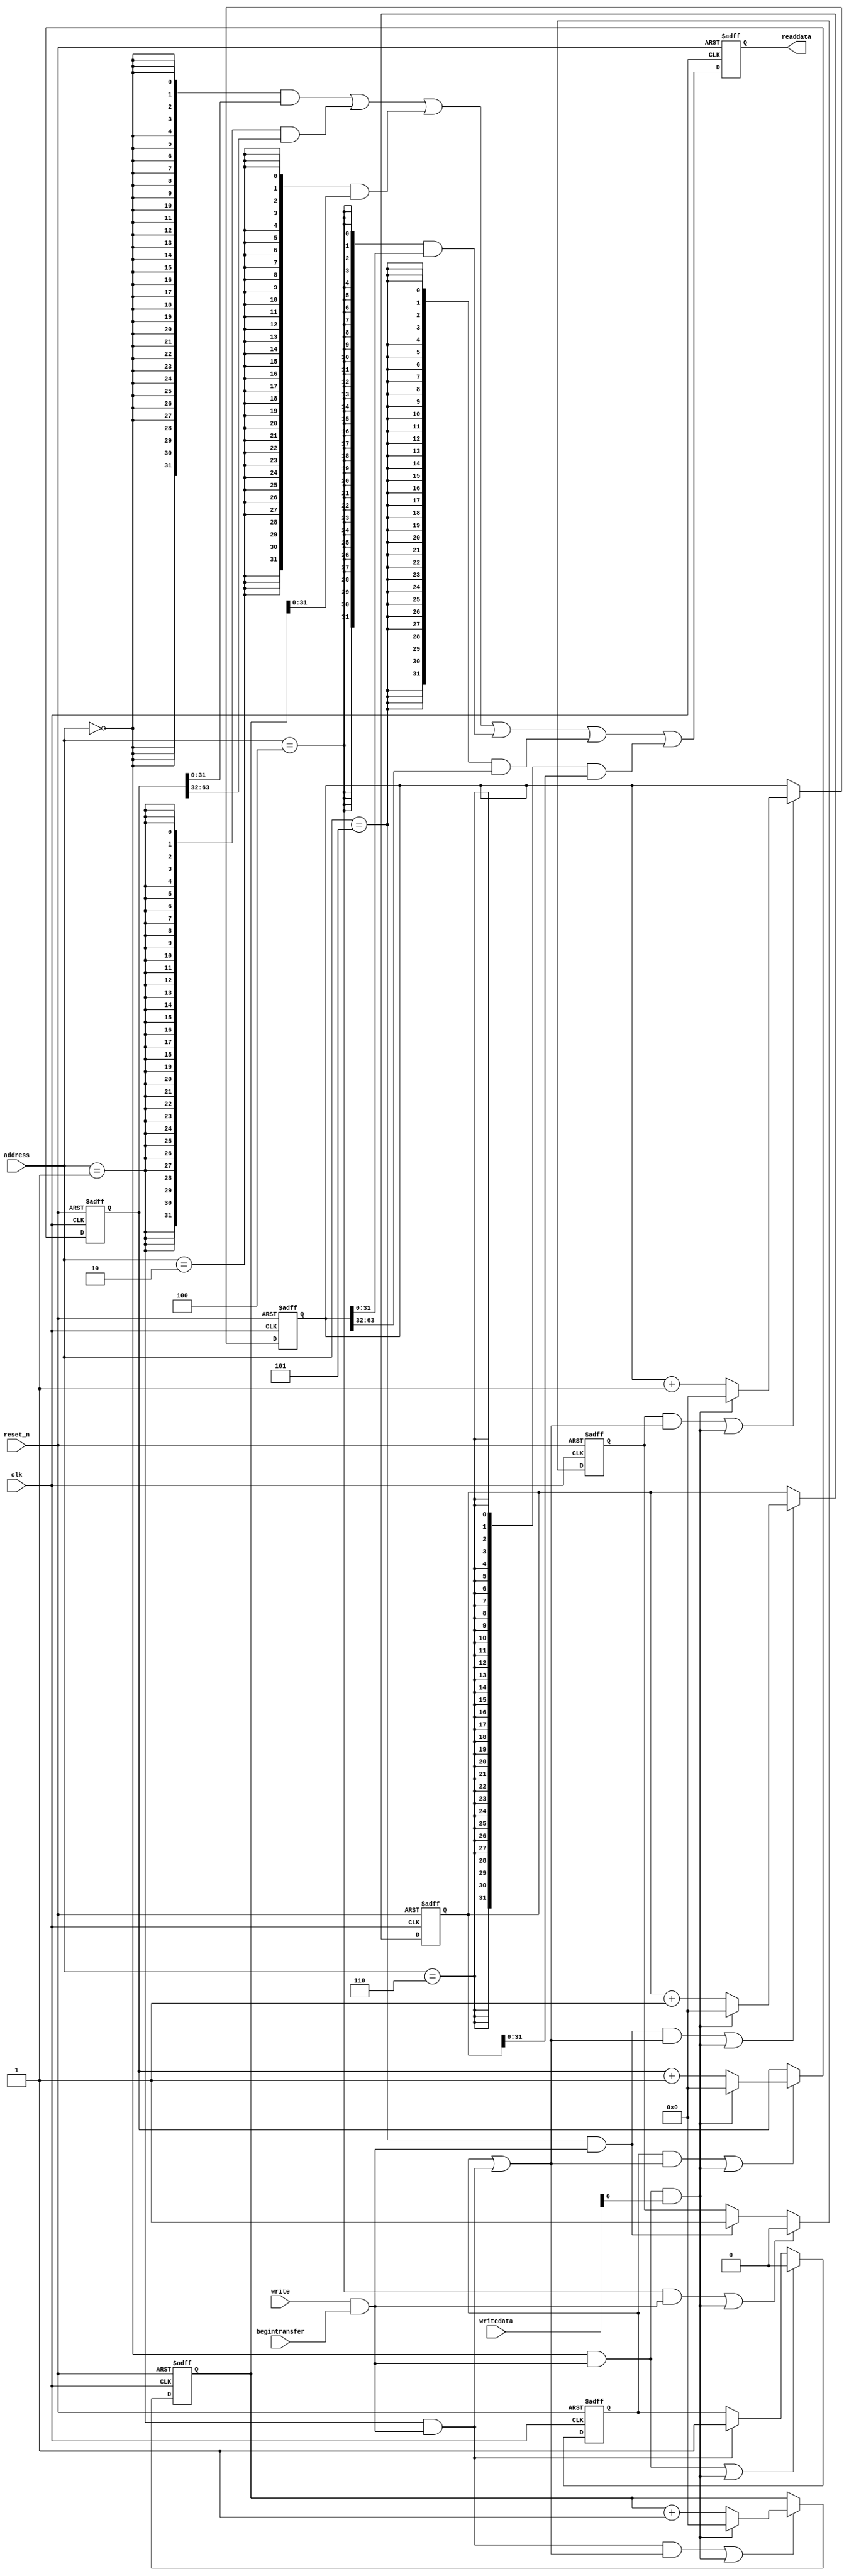
module wasca_performance_counter_0 (
                                     // inputs:
                                      address,
                                      begintransfer,
                                      clk,
                                      reset_n,
                                      write,
                                      writedata,

                                     // outputs:
                                      readdata
                                   )
;

  output  [ 31: 0] readdata;
  input   [  2: 0] address;
  input            begintransfer;
  input            clk;
  input            reset_n;
  input            write;
  input   [ 31: 0] writedata;


wire             clk_en;
reg     [ 63: 0] event_counter_0;
reg     [ 63: 0] event_counter_1;
wire             global_enable;
wire             global_reset;
wire             go_strobe_0;
wire             go_strobe_1;
wire    [ 31: 0] read_mux_out;
reg     [ 31: 0] readdata;
wire             stop_strobe_0;
wire             stop_strobe_1;
reg     [ 63: 0] time_counter_0;
reg     [ 63: 0] time_counter_1;
reg              time_counter_enable_0;
reg              time_counter_enable_1;
wire             write_strobe;
  //control_slave, which is an e_avalon_slave
  assign clk_en = -1;
  assign write_strobe = write & begintransfer;
  always @(posedge clk or negedge reset_n)
    begin
      if (reset_n == 0)
          time_counter_0 <= 0;
      else if ((time_counter_enable_0 & global_enable) | global_reset)
          if (global_reset)
              time_counter_0 <= 0;
          else 
            time_counter_0 <= time_counter_0 + 1;
    end


  always @(posedge clk or negedge reset_n)
    begin
      if (reset_n == 0)
          event_counter_0 <= 0;
      else if ((go_strobe_0 & global_enable) | global_reset)
          if (global_reset)
              event_counter_0 <= 0;
          else 
            event_counter_0 <= event_counter_0 + 1;
    end


  assign stop_strobe_0 = (address == 0) && write_strobe;
  assign go_strobe_0 = (address == 1) && write_strobe;
  always @(posedge clk or negedge reset_n)
    begin
      if (reset_n == 0)
          time_counter_enable_0 <= 0;
      else if (clk_en)
          if (stop_strobe_0 | global_reset)
              time_counter_enable_0 <= 0;
          else if (go_strobe_0)
              time_counter_enable_0 <= -1;
    end


  assign global_enable = time_counter_enable_0 | go_strobe_0;
  assign global_reset = stop_strobe_0 && writedata[0];
  always @(posedge clk or negedge reset_n)
    begin
      if (reset_n == 0)
          time_counter_1 <= 0;
      else if ((time_counter_enable_1 & global_enable) | global_reset)
          if (global_reset)
              time_counter_1 <= 0;
          else 
            time_counter_1 <= time_counter_1 + 1;
    end


  always @(posedge clk or negedge reset_n)
    begin
      if (reset_n == 0)
          event_counter_1 <= 0;
      else if ((go_strobe_1 & global_enable) | global_reset)
          if (global_reset)
              event_counter_1 <= 0;
          else 
            event_counter_1 <= event_counter_1 + 1;
    end


  assign stop_strobe_1 = (address == 4) && write_strobe;
  assign go_strobe_1 = (address == 5) && write_strobe;
  always @(posedge clk or negedge reset_n)
    begin
      if (reset_n == 0)
          time_counter_enable_1 <= 0;
      else if (clk_en)
          if (stop_strobe_1 | global_reset)
              time_counter_enable_1 <= 0;
          else if (go_strobe_1)
              time_counter_enable_1 <= -1;
    end


  assign read_mux_out = ({32 {(address == 0)}} & time_counter_0[31 : 0]) |
    ({32 {(address == 1)}} & time_counter_0[63 : 32]) |
    ({32 {(address == 2)}} & event_counter_0) |
    ({32 {(address == 4)}} & time_counter_1[31 : 0]) |
    ({32 {(address == 5)}} & time_counter_1[63 : 32]) |
    ({32 {(address == 6)}} & event_counter_1);

  always @(posedge clk or negedge reset_n)
    begin
      if (reset_n == 0)
          readdata <= 0;
      else if (clk_en)
          readdata <= read_mux_out;
    end



endmodule